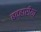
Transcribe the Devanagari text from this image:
बव्हारीया